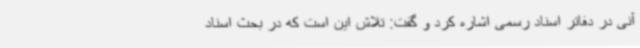
آنی در دفاتر اسناد رسمی اشاره کرد و گفت: تلاش این است که در بحث اسناد